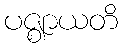
ပဇ္ဈာယတိ